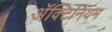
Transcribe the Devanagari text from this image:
अॅक्टिनियम